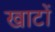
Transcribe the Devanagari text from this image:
खाटों